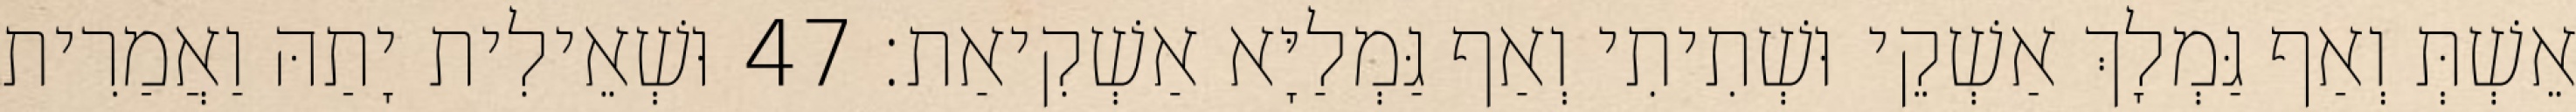
אֵשְׁתְּ וְאַף גַּמְלָךְ אַשְׁקֵי וּשְׁתִיתִי וְאַף גַּמְלַיָּא אַשְׁקִיאַת׃ 47 וּשְׁאֵילִית יָתַהּ וַאֲמַרִית